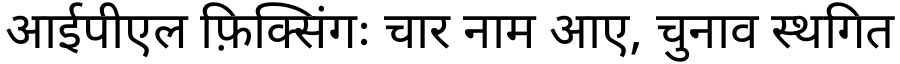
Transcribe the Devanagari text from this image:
आईपीएल फ़िक्सिंगः चार नाम आए, चुनाव स्थगित